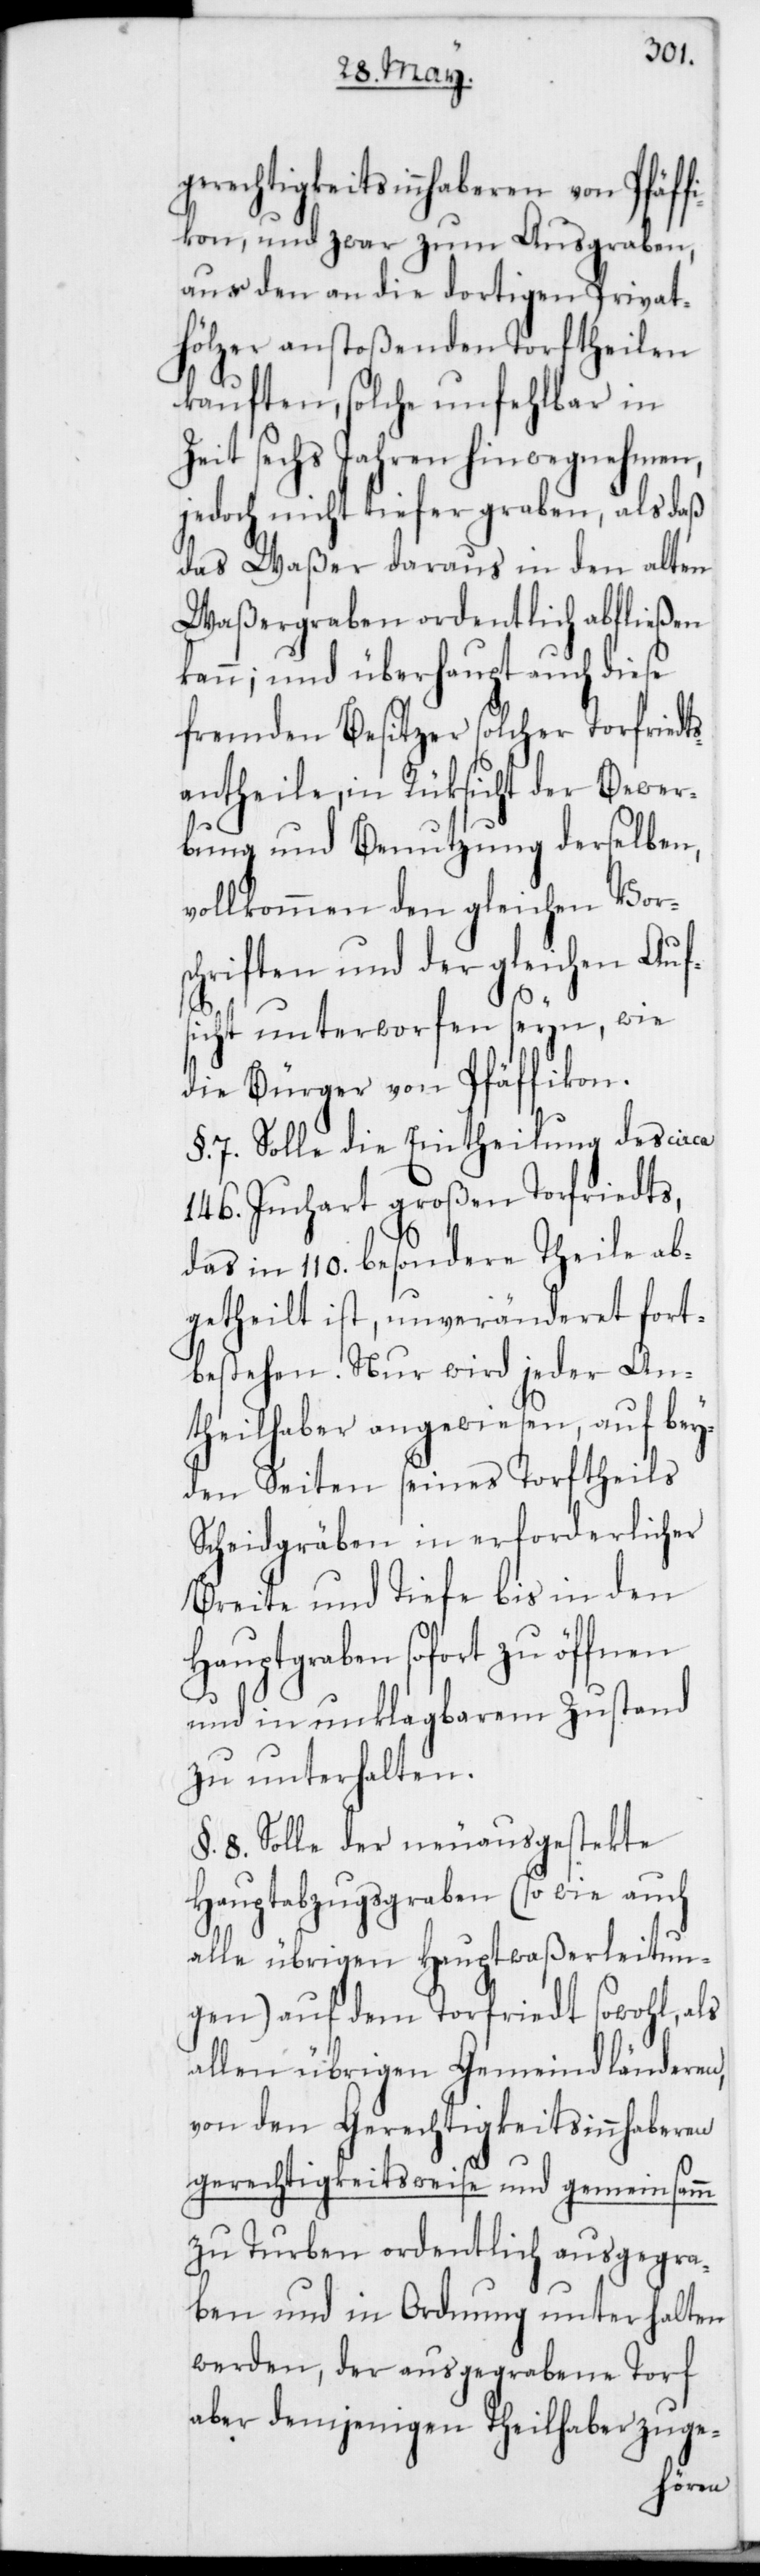
gerechtigkeitsinnhaberen von Pfäf¬
fikon, und zwar zum Ausgraben,
aus den an die dortigen Privat¬
hölzer anstoßenden Torftheilen
kauften, solche unfehlbar in
Zeit sechs Jahren hinwegnehmen,
jedoch nicht tiefer graben, als daß
das Waßer daraus in den alten
Waßergraben ordentlich abfließen
kann; und überhaupt auch diese
fremden Besitzer solcher Torfriedt¬
antheile, in Rücksicht der Bewer¬
bung und Benutzung derselben,
vollkommen den gleichen Vors¬
chriften und der gleichen Auf¬
sicht unterworfen seyn, wie
die Bürger von Pfäffikon.
§. 7. Solle die Eintheilung des circa
146. Juchart großen Torfriedts,
das in 110. besondere Theile ab¬
getheilt ist, unveränderet fort¬
bestehen. Nur wird jeder An¬
theilhaber angewiesen, auf bey¬
den Seiten seines Torftheils
Scheidgräben in erforderlicher
Breite und Tiefe bis in den
Hauptgraben sofort zu öffnen
und in unklagbarem Zustand
zu unterhalten.
§. 8. Solle der neuausgestekte
Hauptabzugsgraben (so wie auch
alle übrigen Hauptwaßerleitun¬
gen) auf dem Torfriedt sowohl, als
allen übrigen Gemeindländeren,
von den Gerechtigkeitsinnhaberen
gerechtigkeitsweise und
s¬
zu Turben ordentlich ausgegra¬
ben und in Ordnung unterhalten
werden, der ausgegrabene Torf
aber demjenigen Theilhaber zuge-